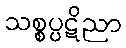
သစ္စပ္ပဋိညာ